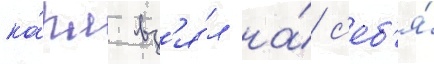
ка́рл вз'я́л на́ с'еб'я́